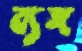
ব্যঙ্গ